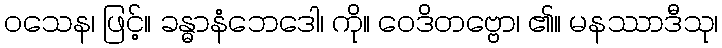
ဝသေန၊ ဖြင့်။ ခန္ဓာနံဘေဒေါ၊ ကို။ ဝေဒိတဗ္ဗော၊ ၏။ မနဿာဒီသု၊